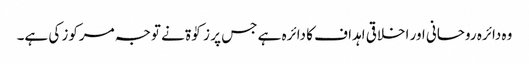
وہ دائرہ روحانی اور اخلاقی اہداف کا دائرہ ہے جس پر زکوٰۃ نے توجہ مرکوز کی ہے۔